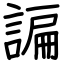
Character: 諞